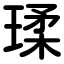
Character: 瑈